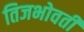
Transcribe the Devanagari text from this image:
तिजभोवती